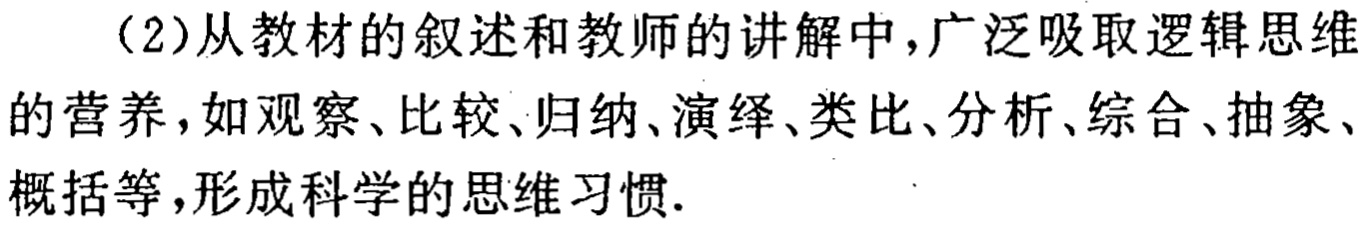
（2）从教材的叙述和教师的讲解中,广泛吸取逻辑思维的营养,如观察、比较、归纳、演绎、类比、分析、综合、抽象、概括等,形成科学的思维习惯.